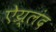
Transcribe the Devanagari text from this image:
ऐय्र्लंद